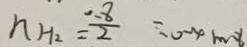
n _ { H _ { 2 } } = \frac { 0 . 8 } { 2 } = 0 . 4 m o l